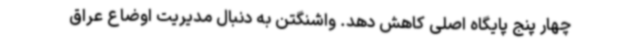
چهار پنج پایگاه اصلی کاهش دهد. واشنگتن به دنبال مدیریت اوضاع عراق